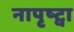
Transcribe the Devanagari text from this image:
नापृष्ट्वा